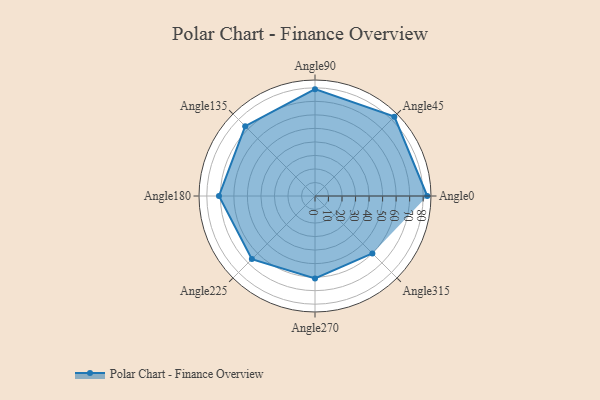
{"axis": {"x": "Angle", "y": "Radius"}, "legend": [""], "data": [{"x": "Angle0", "y": 83.0, "type": ""}, {"x": "Angle45", "y": 83.0, "type": ""}, {"x": "Angle90", "y": 79.0, "type": ""}, {"x": "Angle135", "y": 73.0, "type": ""}, {"x": "Angle180", "y": 71.0, "type": ""}, {"x": "Angle225", "y": 66.0, "type": ""}, {"x": "Angle270", "y": 61.0, "type": ""}, {"x": "Angle315", "y": 60.0, "type": ""}]}